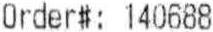
ORDER#: 140688